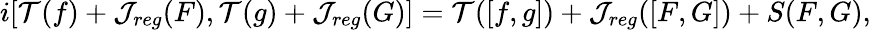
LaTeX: i[{\cal T}(f)+{\cal J}_{reg}(F),{\cal T}(g)+{\cal J}_{reg}(G)]={\cal T}([f,g])+{\cal J}_{reg}([F,G])+S(F,G),